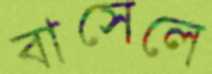
বাসেলে